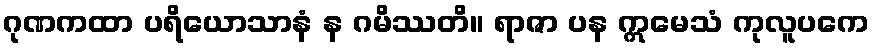
ဂုဏကထာ ပရိယောသာနံ န ဂမိဿတိ။ ရာဇာ ပန ဣမေသံ ကုလူပကေ